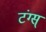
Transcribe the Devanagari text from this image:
टंग्स्